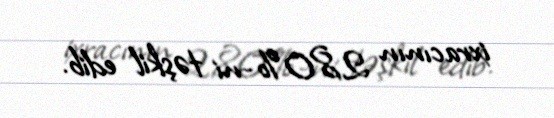
ixracının 2,80%-ni təşkil edib.